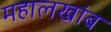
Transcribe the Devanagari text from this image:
महालखांब